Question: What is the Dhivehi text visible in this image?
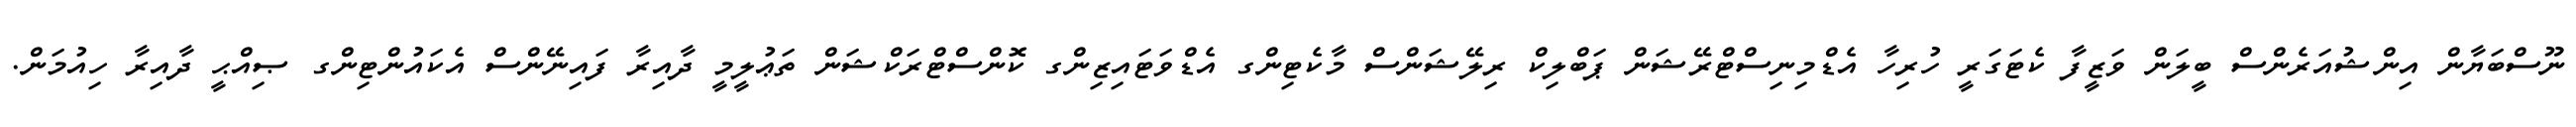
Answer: ނޫސްބަޔާން އިންޝުއަރެންސް ބީލަން ވަޒީފާ ކެޓަގަރީ ހުރިހާ އެޑްމިނިސްޓްރޭޝަން ޕަބްލިކް ރިލޭޝަންސް މާކެޓިންގ އެޑްވަޓައިޒިންގ ކޮންސްޓްރަކްޝަން ތަޢުލީމީ ދާއިރާ ފައިނޭންސް އެކައުންޓިންގ ޞިއްޙީ ދާއިރާ ހިއުމަން.